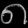
Digit: ၈